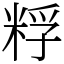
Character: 粰